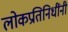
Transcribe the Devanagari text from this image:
लोकप्रतिनिधींनी